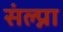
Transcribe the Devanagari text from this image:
संल्प्ना